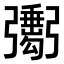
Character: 𢐺